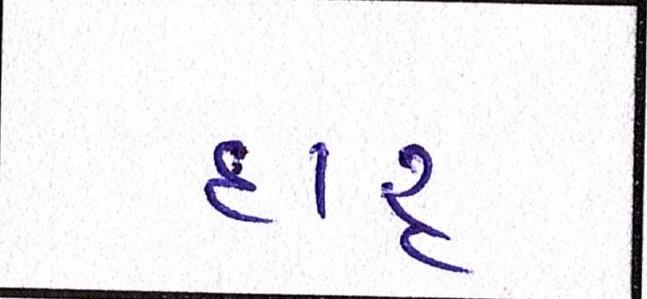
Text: દારૃ